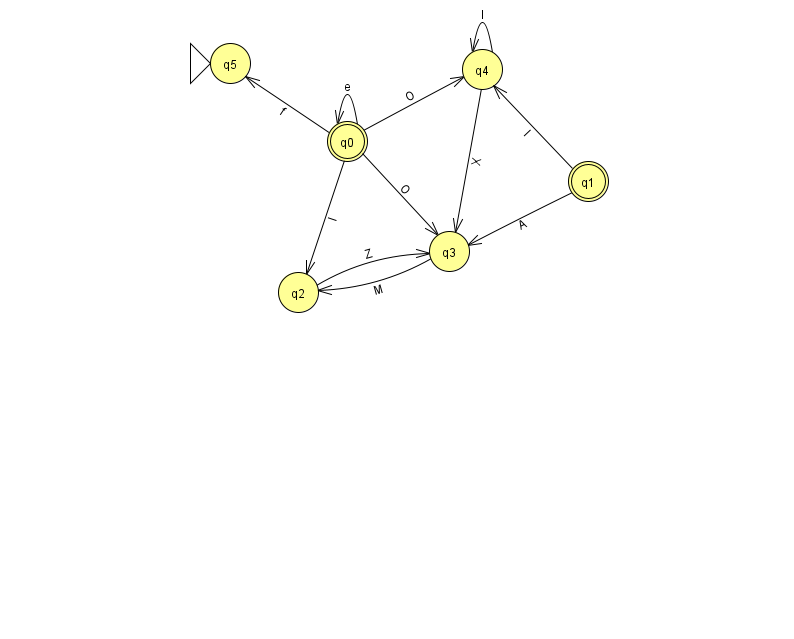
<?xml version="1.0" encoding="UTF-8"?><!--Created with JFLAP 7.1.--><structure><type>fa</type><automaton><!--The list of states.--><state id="0" name="q0"><x>347.0</x><y>128.0</y><final/></state><state id="1" name="q1"><x>588.0</x><y>168.0</y><final/></state><state id="2" name="q2"><x>298.0</x><y>279.0</y></state><state id="3" name="q3"><x>449.0</x><y>238.0</y></state><state id="4" name="q4"><x>482.0</x><y>56.0</y></state><state id="5" name="q5"><x>230.0</x><y>50.0</y><initial/></state><!--The list of transitions.--><transition><from>1</from><to>3</to><read>A</read></transition><transition><from>0</from><to>0</to><read>e</read></transition><transition><from>1</from><to>4</to><read>I</read></transition><transition><from>4</from><to>3</to><read>X</read></transition><transition><from>3</from><to>2</to><read>M</read></transition><transition><from>2</from><to>3</to><read>Z</read></transition><transition><from>4</from><to>4</to><read>l</read></transition><transition><from>0</from><to>4</to><read>O</read></transition><transition><from>0</from><to>5</to><read>f</read></transition><transition><from>0</from><to>2</to><read>I</read></transition><transition><from>0</from><to>3</to><read>O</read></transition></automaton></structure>